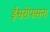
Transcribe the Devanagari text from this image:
ईश्वरोपासना